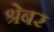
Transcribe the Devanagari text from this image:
श्रेबर